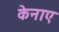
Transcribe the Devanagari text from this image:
केनाए